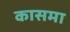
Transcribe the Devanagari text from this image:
कासमा